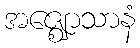
အဇ္ဈောသာနံ